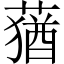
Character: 蕕